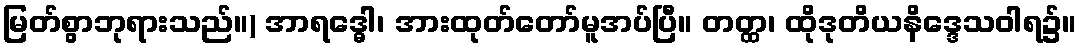
မြတ်စွာဘုရားသည်။) အာရဒ္ဓေါ၊ အားထုတ်တော်မူအပ်ပြီ။ တတ္ထ၊ ထိုဒုတိယနိဒ္ဒေသဝါရ၌။